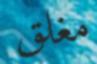
مغلق